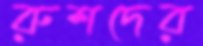
রুশদের